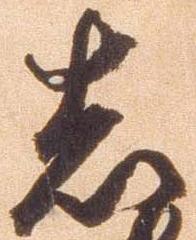
志